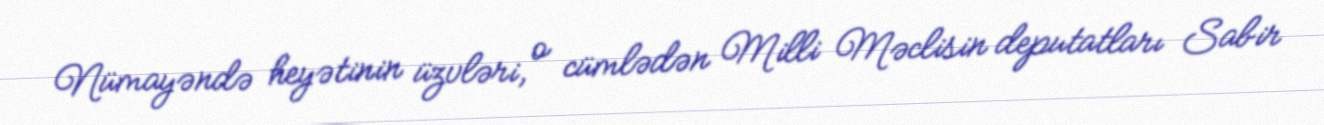
Nümayəndə heyətinin üzvləri, o cümlədən Milli Məclisin deputatları Sabir